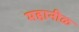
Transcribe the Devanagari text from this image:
महानीळ